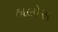
હાલોસ